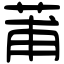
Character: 莆